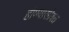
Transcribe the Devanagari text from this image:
होण्यासोबत